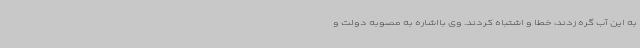
به این آب گره زدند، خطا و اشتباه کردند. وی بااشاره به مصوبه دولت و